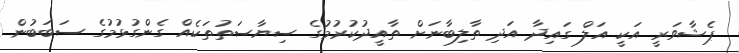
ޕެޝާވަރީ އަކީ އަލް ގައިދާ އަދި ތާލިބާނަށް ތާއީދުކުރުމުގެ ސިޔާސަތުތަކެއް ގެންގުޅުމުގެ ސަބަބުން